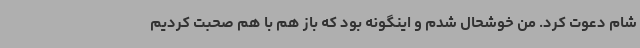
شام دعوت کرد. من خوشحال شدم و اینگونه بود که باز هم با هم صحبت کردیم